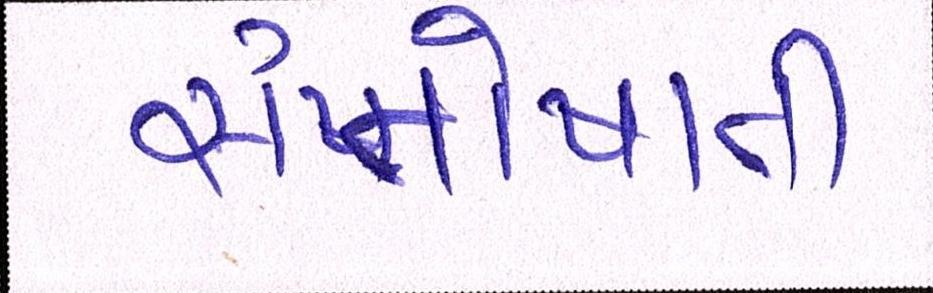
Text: સંતોષાતી